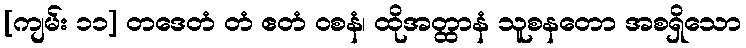
[ကျမ်း ၁၁] တဒေတံ တံ ဧတံ ဝစနံ၊ ထိုအတ္ထာနံ သူစနတော အစရှိသော